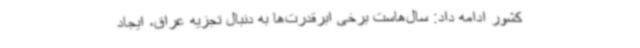
کشور ادامه داد: سال‌هاست برخی ابرقدرت‌ها به دنبال تجزیه عراق، ایجاد